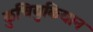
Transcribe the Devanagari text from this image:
कुचियुकियान